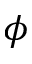
\phi